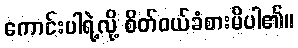
ကောင်းပါရဲ့လို့ စိတ်ဝယ်ခံစားမိပါ၏။